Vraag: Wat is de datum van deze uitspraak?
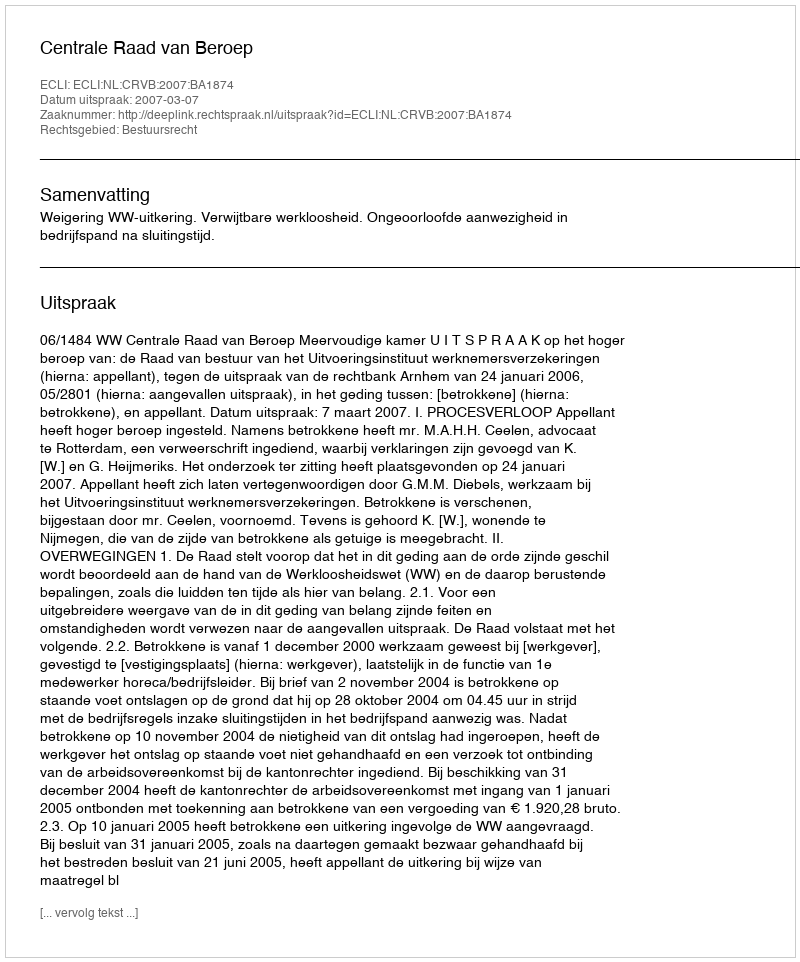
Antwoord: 2007-03-07